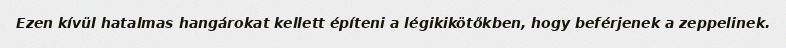
Ezen kívül hatalmas hangárokat kellett építeni a légikikötőkben, hogy beférjenek a zeppelinek.